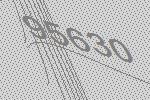
95630